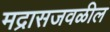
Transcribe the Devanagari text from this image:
मद्रासजवळील